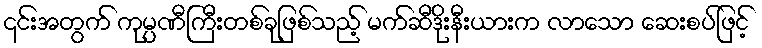
၎င်းအတွက် ကုမ္ပဏီကြီးတစ်ခုဖြစ်သည့် မက်ဆီဒိုးနီးယားက လာသော ဆေးစပ်ဖြင့်